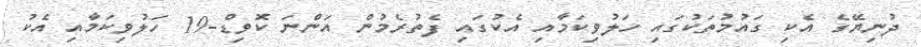
ދުނިޔޭގެ އެކި ގައުމުތަކުގައި ހަލުވިކަމާއި އެކުގައި ފެތުރެމުން އަންނަ ކޮވިޑް-19 ހަލުވިކަމާއި އެކު